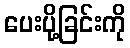
ပေးပို့ခြင်းကို